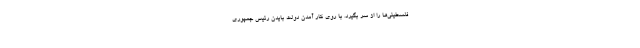
فلسطینی‌ها را از سر بگیرد. با روی کار آمدن دولت بایدن رئیس جمهوری